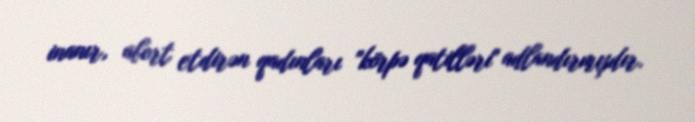
inanır, abort etdirən qadınları "körpə qatilləri" adlandırmışdır.